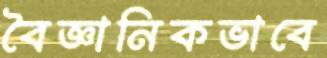
বৈজ্ঞানিকভাবে